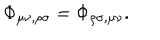
LaTeX: \Phi _ { \mu \nu , \rho \sigma } = \Phi _ { \rho \sigma , \mu \nu } .